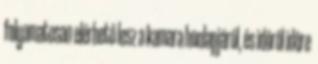
folyamatosan elérhetô lesz a kamara honlapjáról, és idôrôl idôre